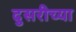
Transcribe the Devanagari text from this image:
दुसरीच्या